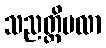
သညတ္တိဗလာ